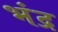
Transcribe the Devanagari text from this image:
भंद्र